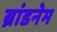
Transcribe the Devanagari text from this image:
ब्रांडनेम